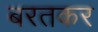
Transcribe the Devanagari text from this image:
बरतकर